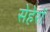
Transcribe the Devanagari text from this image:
सेहेरों